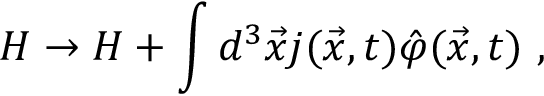
{ \cal H } \rightarrow { \cal H } + \int d ^ { 3 } { \vec { x } } j ( { \vec { x } } , t ) { \hat { \varphi } } { ( \vec { x } } , t ) \ ,